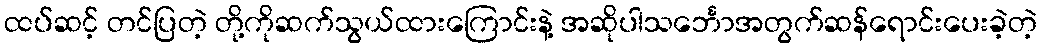
ထပ်ဆင့် တင်ပြတဲ့ တို့ကိုဆက်သွယ်ထားကြောင်းနဲ့ အဆိုပါသင်္ဘောအတွက်ဆန်ရောင်းပေးခဲ့တဲ့